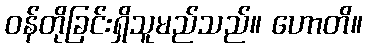
ဝန်တိုခြင်းရှိသူမည်သည်။ ဟောတိ။